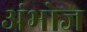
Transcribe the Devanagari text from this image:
अंभोज